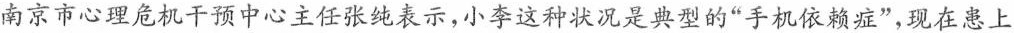
南京市心理危机干预中心主任张纯表示，小李这种状况是典型的”手机依赖症”，现在患上